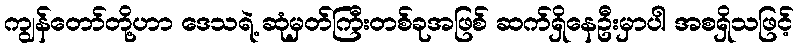
ကျွန်တော်တို့ဟာ ဒေသရဲ့ ဆုံမှတ်ကြီးတစ်ခုအဖြစ် ဆက်ရှိနေဦးမှာပါ အစရှိသဖြင့်